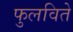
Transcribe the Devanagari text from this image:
फुलविते